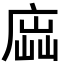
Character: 𢉵